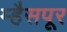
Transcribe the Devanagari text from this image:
म्हैसपूर